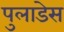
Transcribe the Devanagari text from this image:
पुलाडेस